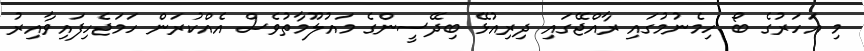
މި އަހަރުގެ ބޯ ހިމެނުމުގައި ރާއްޖޭގައި ދިރިއުޅޭ ބިދޭސީންގެ މައުލޫމާތުވެސް އެއްކުރަން ހަމަޖެހިފައިވާއިރު